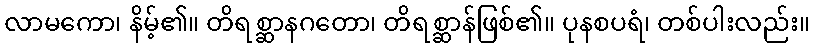
လာမကော၊ နိမ့်၏။ တိရစ္ဆာနဂတော၊ တိရစ္ဆာန်ဖြစ်၏။ ပုနစပရံ၊ တစ်ပါးလည်း။